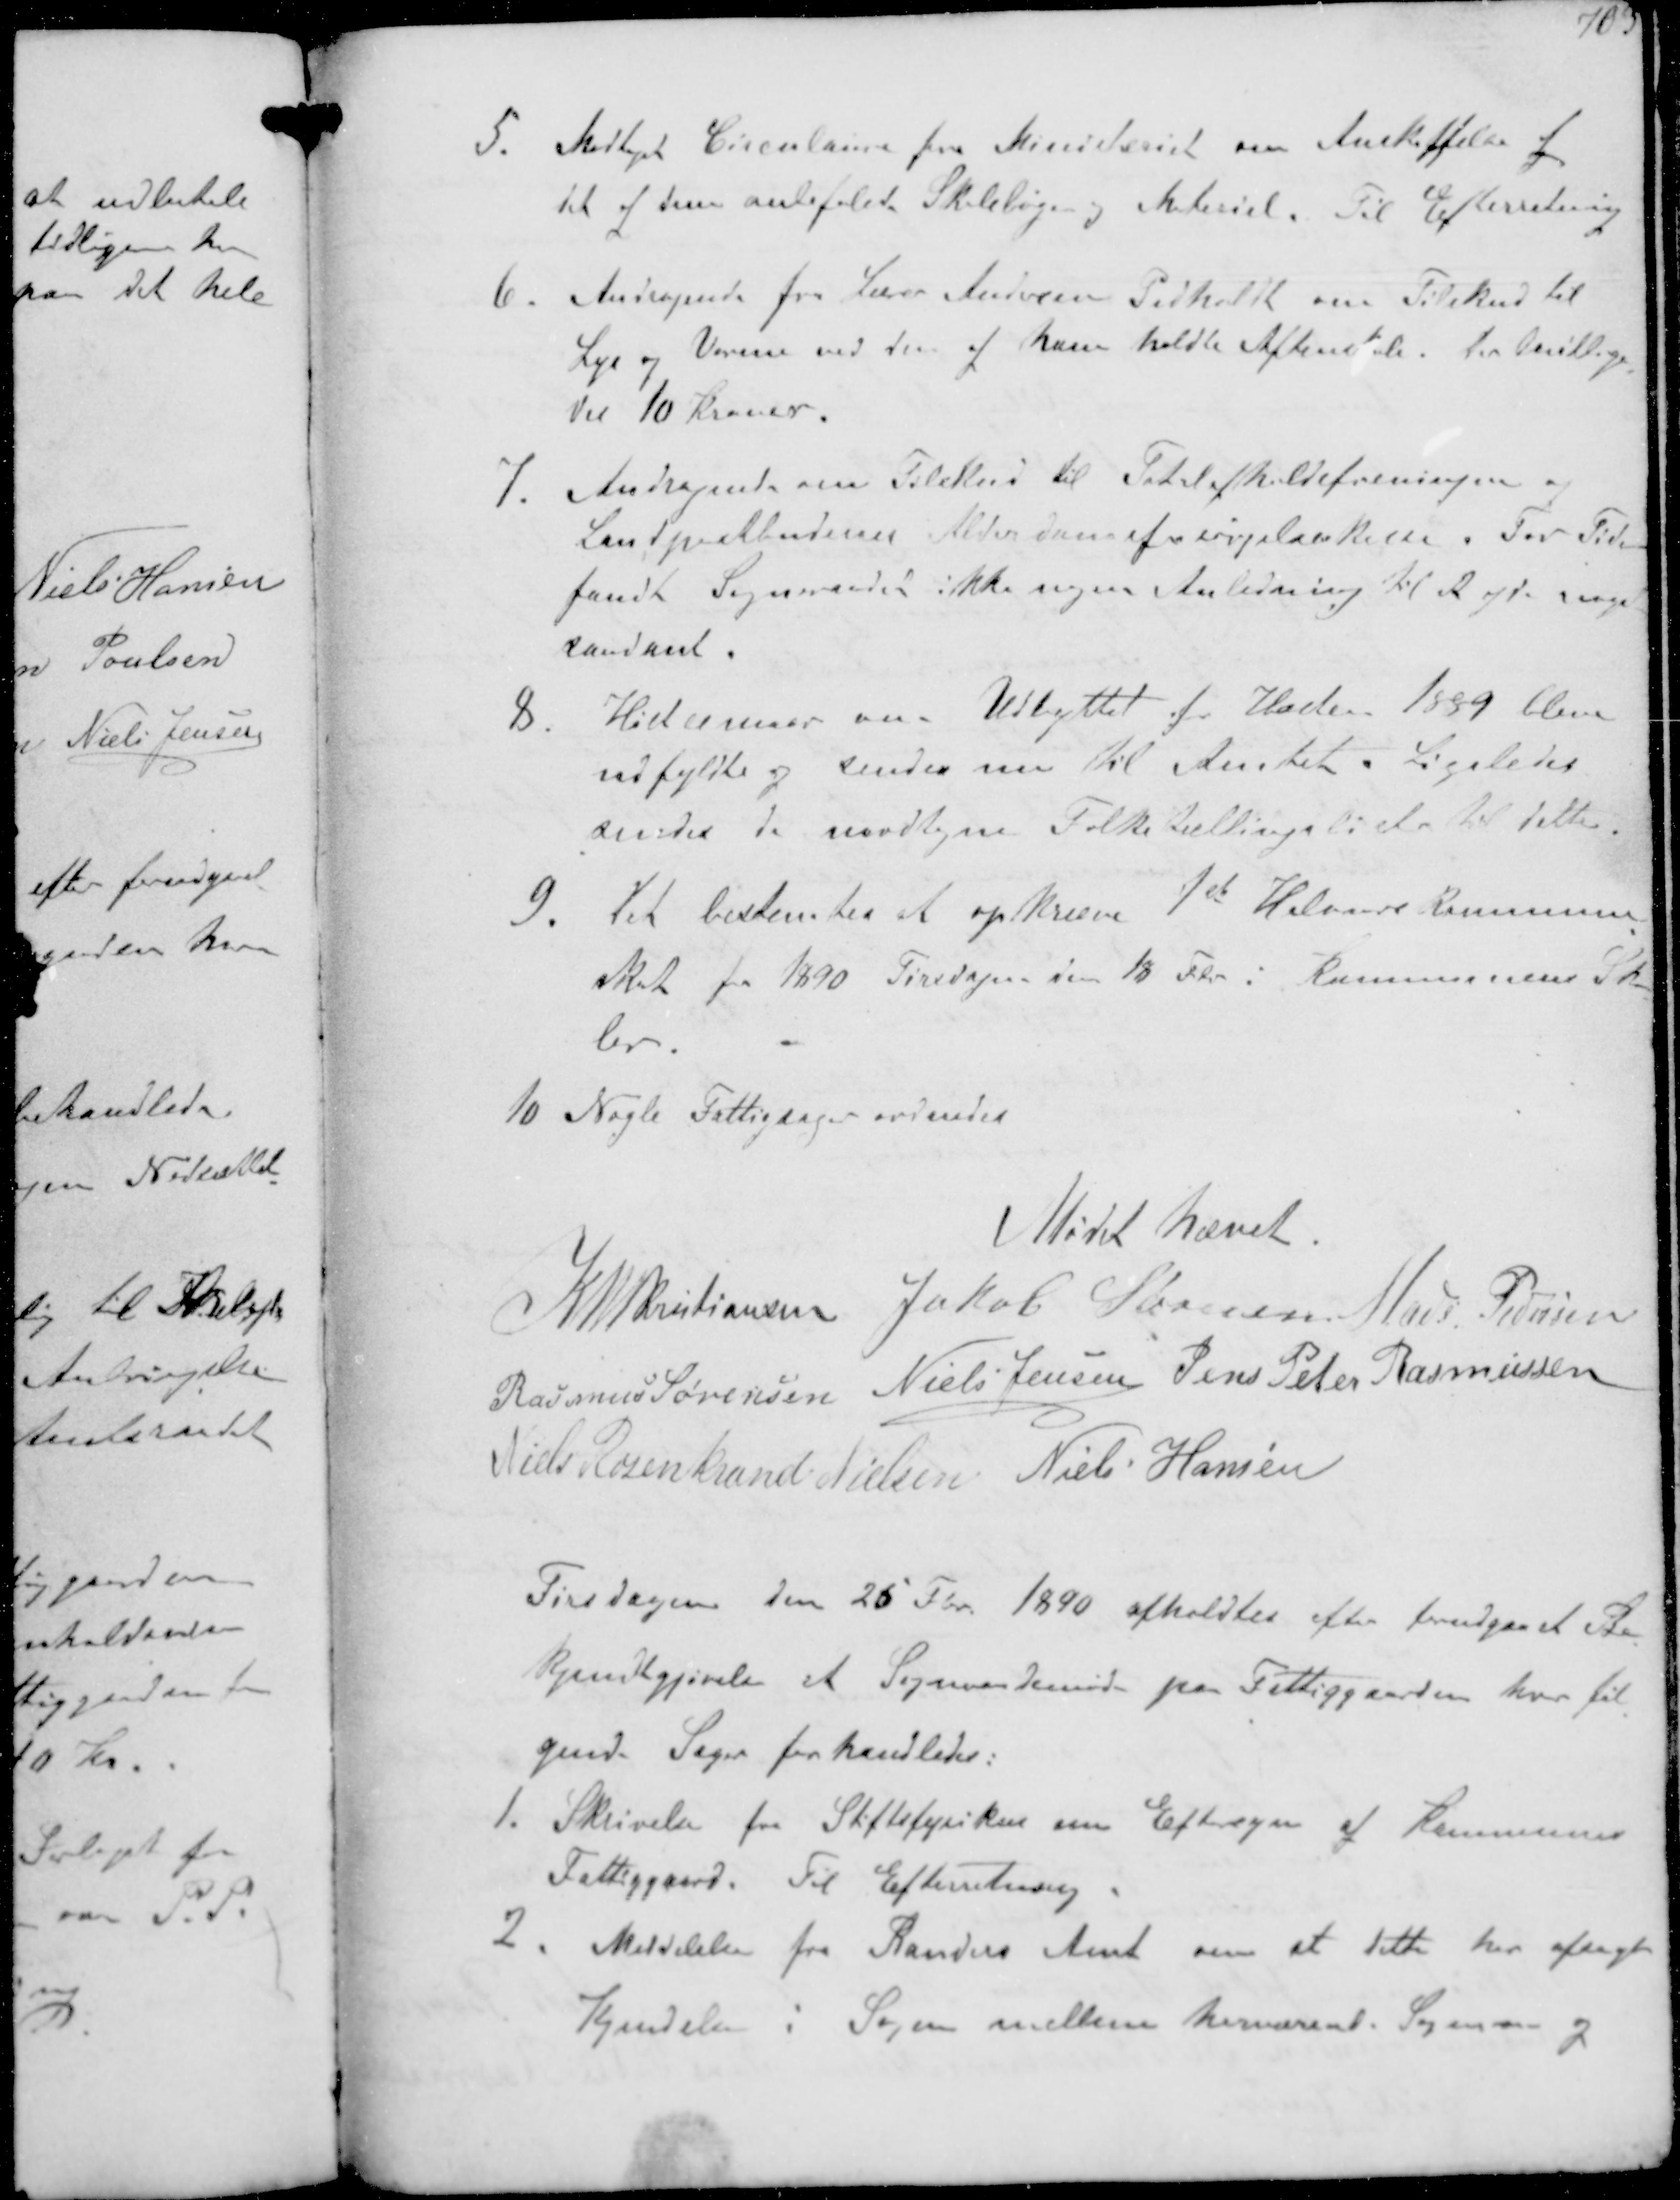
Transskription:
5. Modtaget Circulærer fra Ministeriet om Anskaffelse af
det af dem anbefalede Skolebøger og Materiel. Til Efterretning
6. Andragende fra lærer Andersen Pedholdt om Tilskud til
Lys og Varme ved den af ham holdte Aftenskole. der bevillige-
des 10 Kroner.
7. Andragende om Tilskud til Totalafholdsforeningen og
Landpostbudenes Alderdomsforsørgelseskasse For Tiden
fandt Sogneraadet ikke nogen Anledning til at yde noget
saadant
8. Høstcemaer over Udbyttet af HHøsten 1889 bleve
udfyldte og sendes nu til Amtet. Ligeledes
sendes de modtagne Folketællingslister til dette
9 Det bestemtes at opkrævne 1st Halvaars Kommune-
skat for 1890 Tirsdagen den 18 Febr i Kommunens Sko-
ler.
10 Nogle Fattigsager ordnedes
Mødet hævet
K N M Kristiansen Jakob Sørensen Mads Pedersen
Rasmus Sørensen Niels Jensen Jens Peter Rasmussen
Niels Rosenkrands Nielsen Niels Hansen
Tirsdagen den 26 Fbr. 1940 afholdtes efter forudgaaet Be-
kjendtgørelse et Sogneaadsmøde pa Fattiggaarden hvor føl-
gende Sager forhandledes
1. Skrivelse fra Stiftsfysikus om Eftersyn af Kommunens
Fattiggaard. Til Efterretning
2. Meddelelse fra Randers Amt om at dette har afsagt
Kjendelse i Sagen mellem herværende Sogneraad og